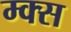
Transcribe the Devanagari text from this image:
म्क्स